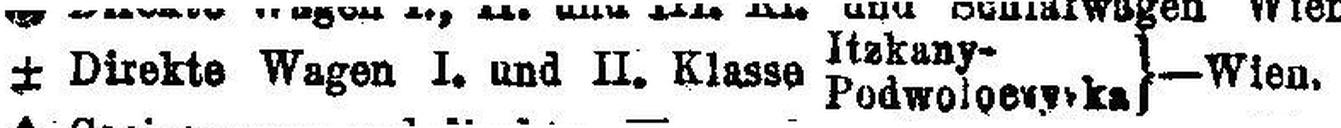
± Direkte Wagen I. und II. Klasse Podwoloe###ka — Wien